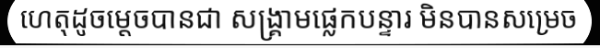
ហេតុដូចម្តេចបានជា សង្គ្រាមផ្លេកបន្ទារ មិនបានសម្រេច